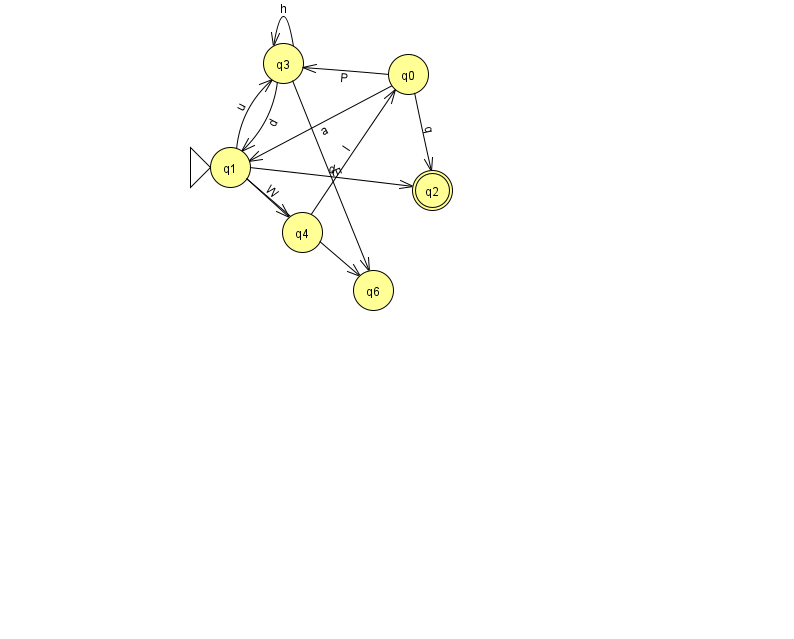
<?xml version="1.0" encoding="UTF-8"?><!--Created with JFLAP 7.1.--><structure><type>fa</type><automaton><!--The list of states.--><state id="0" name="q0"><x>408.0</x><y>61.0</y></state><state id="1" name="q1"><x>230.0</x><y>154.0</y><initial/></state><state id="2" name="q2"><x>432.0</x><y>177.0</y><final/></state><state id="3" name="q3"><x>283.0</x><y>50.0</y></state><state id="4" name="q4"><x>302.0</x><y>219.0</y></state><state id="6" name="q6"><x>373.0</x><y>277.0</y></state><!--The list of transitions.--><transition><from>1</from><to>6</to><read>F</read></transition><transition><from>3</from><to>6</to><read>E</read></transition><transition><from>1</from><to>3</to><read>u</read></transition><transition><from>0</from><to>2</to><read>q</read></transition><transition><from>3</from><to>1</to><read>d</read></transition><transition><from>1</from><to>2</to><read>d</read></transition><transition><from>3</from><to>3</to><read>h</read></transition><transition><from>0</from><to>3</to><read>P</read></transition><transition><from>1</from><to>4</to><read>W</read></transition><transition><from>0</from><to>1</to><read>a</read></transition><transition><from>4</from><to>0</to><read>I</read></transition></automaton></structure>